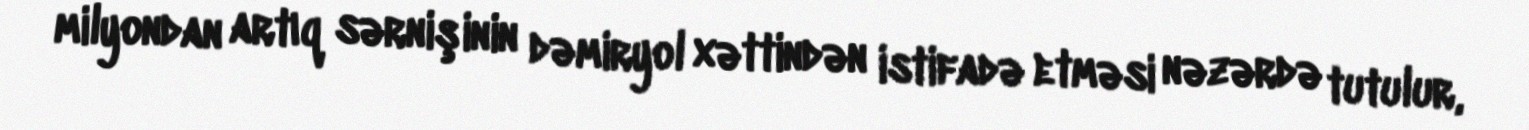
milyondan artıq sərnişinin dəmiryol xəttindən istifadə etməsi nəzərdə tutulur,